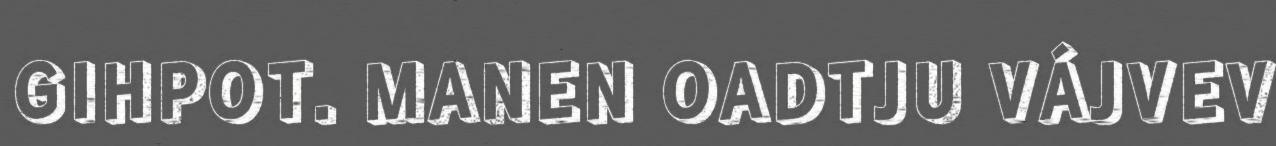
GIHPOT. MANEN OADTJU VÁJVEV